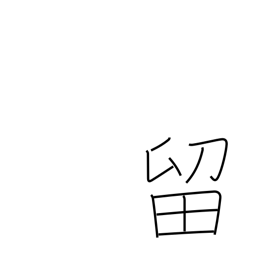
Meaning: detain